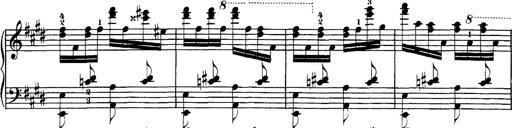
Title: Hungarian Rhapsody No.1
Composer: Franz Liszt
Key: C-sharp minor